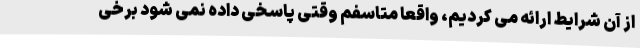
از آن شرایط ارائه می کردیم، واقعا متاسفم وقتی پاسخی داده نمی شود برخی